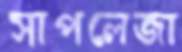
সাপলেজা